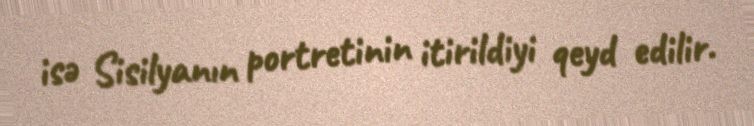
isə Sisilyanın portretinin itirildiyi qeyd edilir.